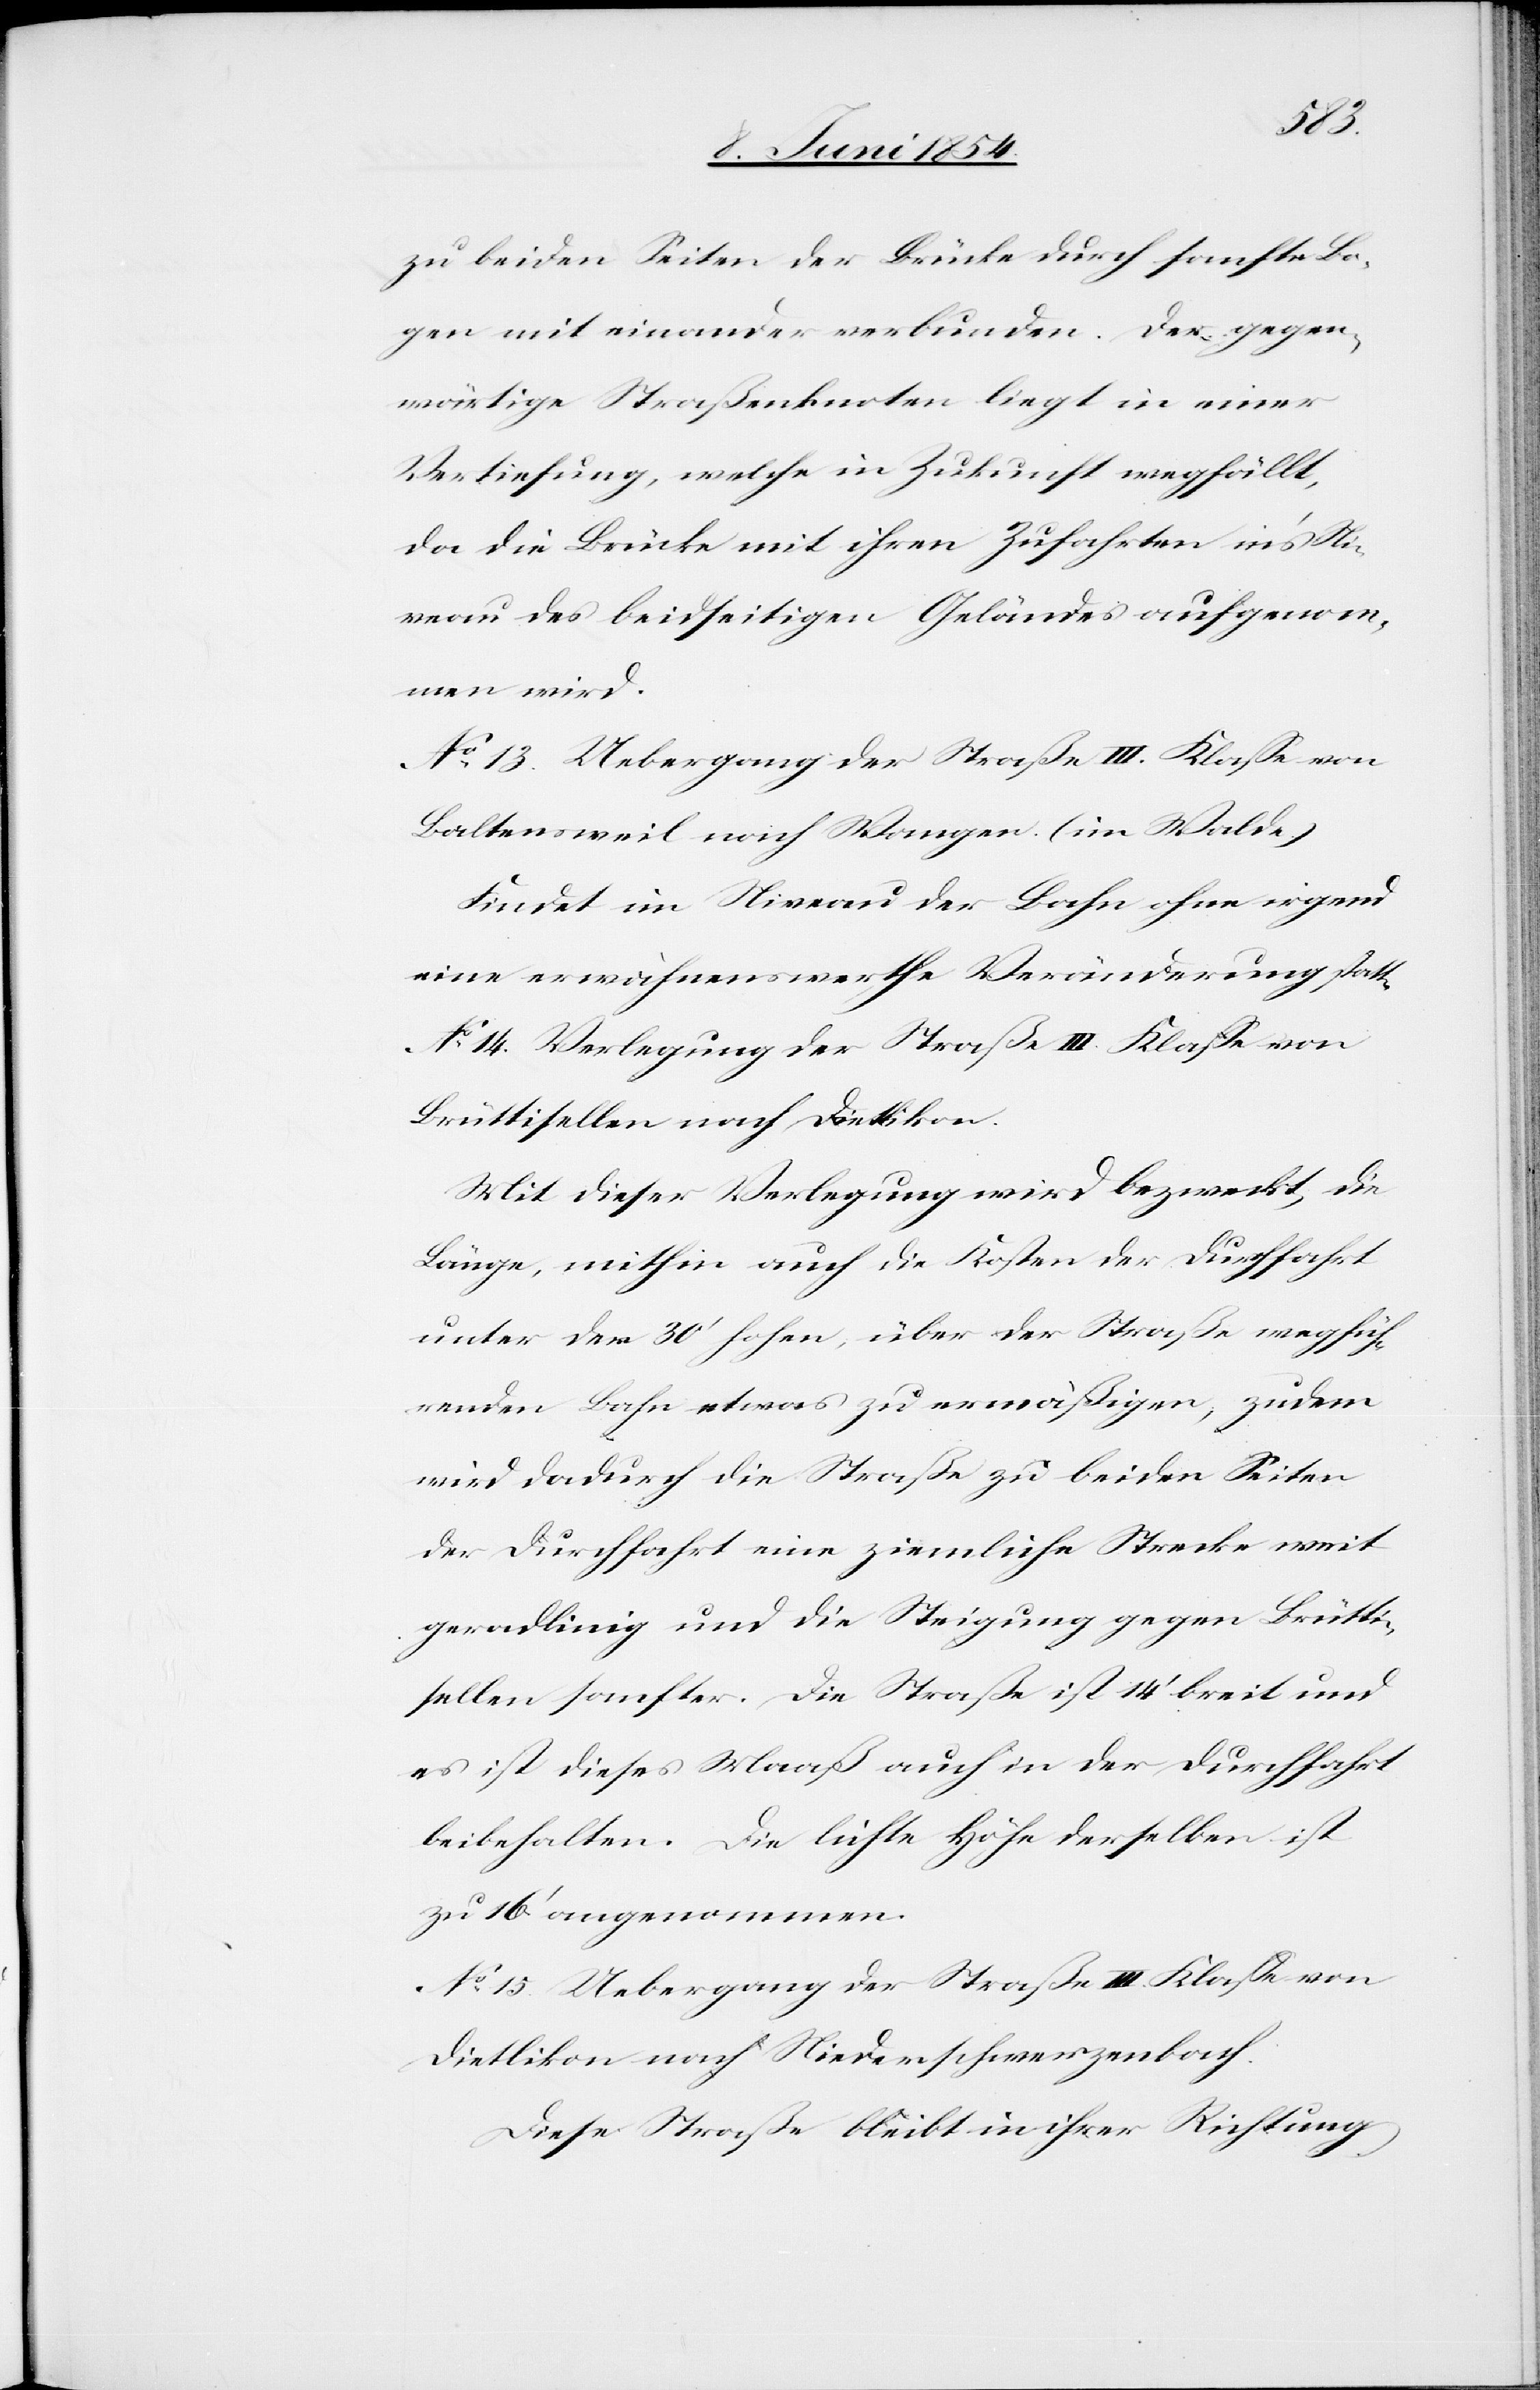
zu beiden Seiten der Brücke durch sanfte Bo¬
gen mit einander verbunden. Der gegen¬
wärtige Straßenknoten liegt in einer
Vertiefung, welche in Zukunft wegfällt,
da die Brücke mit ihren Zufahrten in’s Ni¬
veau des beidseitigen Geländes aufgenom¬
men wird.
No 13. Uebergang der Straße III. Klaße von
Baltensweil nach Wangen. (im Walde.)
Findet im Niveau der Bahn ohne irgend
eine erwähnenswerthe Veränderung statt.
No 14. Verlegung der Straße III. Klaße von
Brüttisellen nach Dietlikon.
Mit dieser Verlegung wird bezweckt, die
Länge, mithin auch die Kosten der Durchfahrt
unter der 30‘ hohen, über der Straße wegfüh¬
renden Bahn etwas zu ermäßigen; zudem
wird dadurch die Straße zu beiden Seiten
der Durchfahrt eine ziemliche Strecke weit
geradlinig und die Steigung gegen Brütti¬
sellen sanfter. Die Straße ist 14‘ breit und
es ist dieses Maaß auch in der Durchfahrt
beibehalten. Die lichte Höhe derselben ist
zu 16‘ angenommen.
No 15. Uebergang der Straße III. Klaße von
Dietlikon nach Niederschwerzenbach.
Diese Straße bleibt in ihrer Richtung